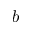
b